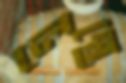
লেন্থে